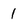
Character: 1